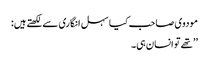
مودوی صاحب کیا سہل انگاری سےلکھتےہیں:
’’تھے تو انسان ہی۔